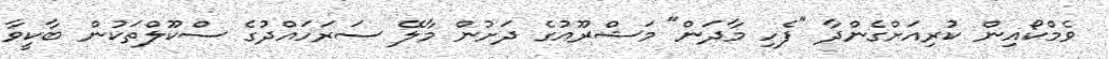
ވެމްކޯއިން ކުރިއަށްގެންދާ "ފެހި މާދަން" މަޝްރޫއުގެ ދަށުން މާލޭ ސަރަހައްދުގެ ސްކޫލްތަކުން ބާކީވާ